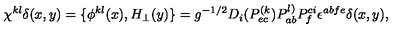
\chi ^ { k l } \delta ( x , y ) = \{ \phi ^ { k l } ( x ) , H _ { \perp } ( y ) \} = g ^ { - 1 / 2 } D _ { i } ( P _ { e c } ^ { ( k } ) P _ { a b } ^ { l ) } P _ { f } ^ { c i } \epsilon ^ { a b f e } \delta ( x , y ) ,